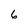
Character: 6